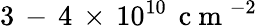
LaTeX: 3\, -\, 4\, \times\, 10^{10}\, \mathrm{~c~m~}^{-2}